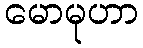
မောမုဟာ